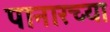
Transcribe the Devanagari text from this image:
पानारच्या